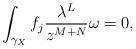
LaTeX: \begin{align*} \int_{\gamma_X} f_j \frac{\lambda^L}{z^{M+N}} \omega = 0, \end{align*}